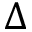
\Delta